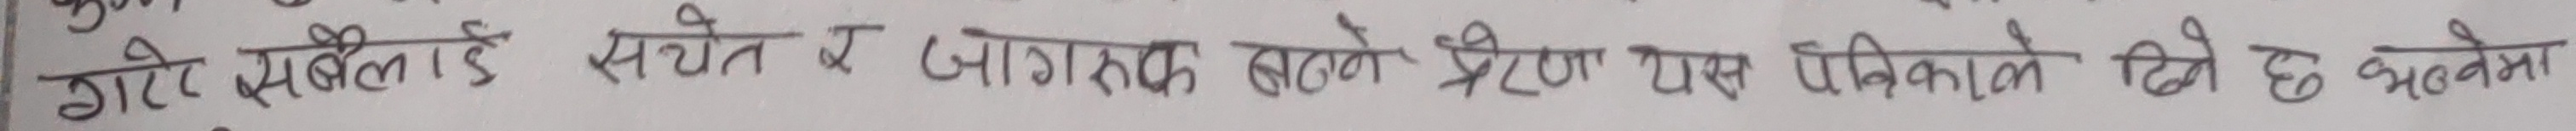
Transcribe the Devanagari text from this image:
गोरे भूस्वीड सचेत र जागरुक हुनाले प्रेरणा यस पत्रिकाले दिने छ भन्नेमा